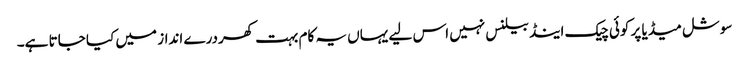
سوشل میڈیا پر کوئی چیک اینڈ بیلنس نہیں اس لیے یہاں یہ کام بہت کھردرے انداز میں کیا جاتا ہے۔